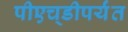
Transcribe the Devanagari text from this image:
पीएच्‌डीपर्यंत